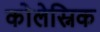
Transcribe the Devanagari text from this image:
कोलेस्निक